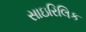
સાઇરિલિક